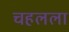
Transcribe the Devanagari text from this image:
चहलला